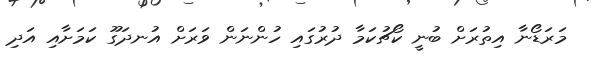
މަރަޑޯނާ އިތުރަށް ބުނީ ކޯޗުކަމާ ދުރުގައި ހުންނަން ވަރަށް އުނދަގޫ ކަމަށާއި އަދި